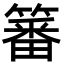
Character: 䉒